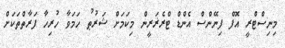
މިނިސްޓްރީ އޮފް ފިނޭންސް އެންޑް ޓްރެޜަރީން މިކަމަށް ޝަރުޠު ހަމަވާ ހުރިހާ ފަރާތްތަކަށް